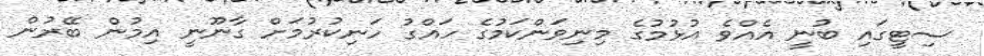
ސިޓީގައި ބުނީ އެއްވެ އުޅުމުގެ މިނިވަންކަމުގެ ހައްގު ހަނިކުރުމަށް ގާނޫނީ އިމުން ބޭރުން